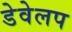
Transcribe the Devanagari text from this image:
डेवेलप